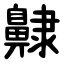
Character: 齂